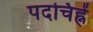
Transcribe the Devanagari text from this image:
पदचिह्नें